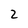
Character: 2